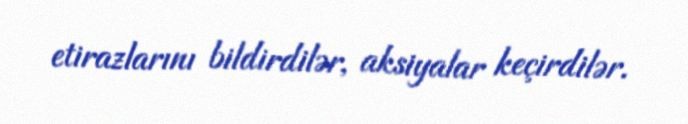
etirazlarını bildirdilər, aksiyalar keçirdilər.